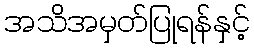
အသိအမှတ်ပြုရန်နှင့်